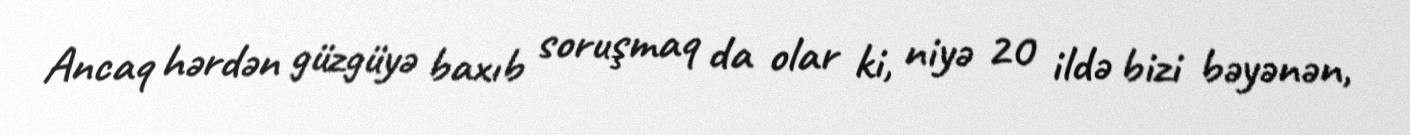
Ancaq hərdən güzgüyə baxıb soruşmaq da olar ki, niyə 20 ildə bizi bəyənən,